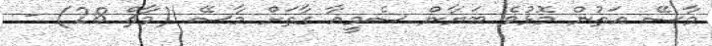
މާސޭ އަތުން މޮޅުވެ ބަޔާން ސެމީއާ ގާތަށް މާސޭ (މާޗް 28) -